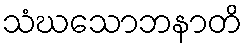
သံဃသောဘနာတိ